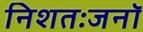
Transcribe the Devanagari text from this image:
निशतःजनॉ